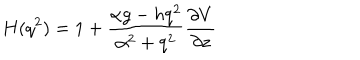
LaTeX: H ( q ^ { 2 } ) = 1 + \frac { \alpha g - h q ^ { 2 } } { \alpha ^ { 2 } + q ^ { 2 } } \frac { \partial V } { \partial z }